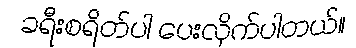
ခရီးစရိတ်ပါ ပေးလိုက်ပါတယ်။